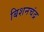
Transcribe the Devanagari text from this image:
बिशनचंद्र